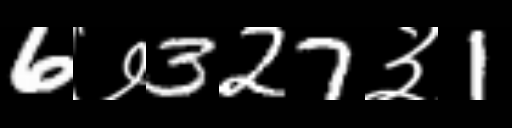
Text: 6७327३1